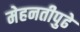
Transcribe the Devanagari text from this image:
मेहनतीपुढे